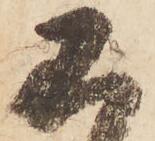
不